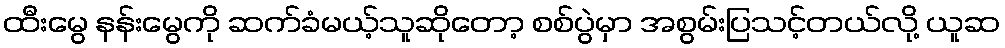
ထီးမွေ နန်းမွေကို ဆက်ခံမယ့်သူဆိုတော့ စစ်ပွဲမှာ အစွမ်းပြသင့်တယ်လို့ ယူဆ